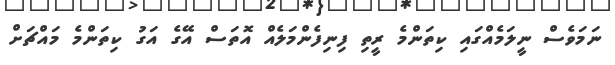
ނަމަވެސް ނީލަމެއްގައި ކިތަންމެ ރީތި ފިނިފެންމަލެއް އޮތަސް އޭގެ އަގު ކިތަންމެ މައްޗަށް